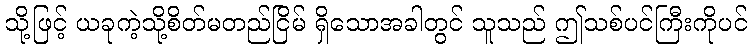
သို့ဖြင့် ယခုကဲ့သို့စိတ်မတည်ငြိမ် ရှိသောအခါတွင် သူသည် ဤသစ်ပင်ကြီးကိုပင်